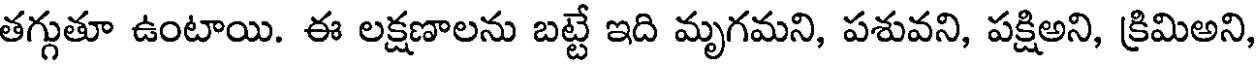
తగ్గుతూ ఉంటాయి. ఈ లక్షణాలను బట్టే ఇది మృగమని, పశువని, పక్షిఅని, క్రిమిఅని,